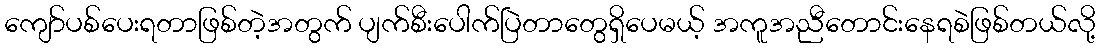
ကျော်ပစ်ပေးရတာဖြစ်တဲ့အတွက် ပျက်စီးပေါက်ပြဲတာတွေရှိပေမယ့် အကူအညီတောင်းနေရစဲဖြစ်တယ်လို့